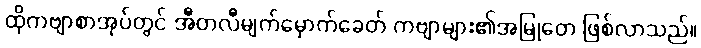
ထိုကဗျာစာအုပ်တွင် အီတလီမျက်မှောက်ခေတ် ကဗျာများ၏အမြုတေ ဖြစ်လာသည်။